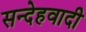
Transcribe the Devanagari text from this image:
सन्देहवादी